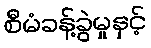
စီမံခန့်ခွဲမှုနှင့်